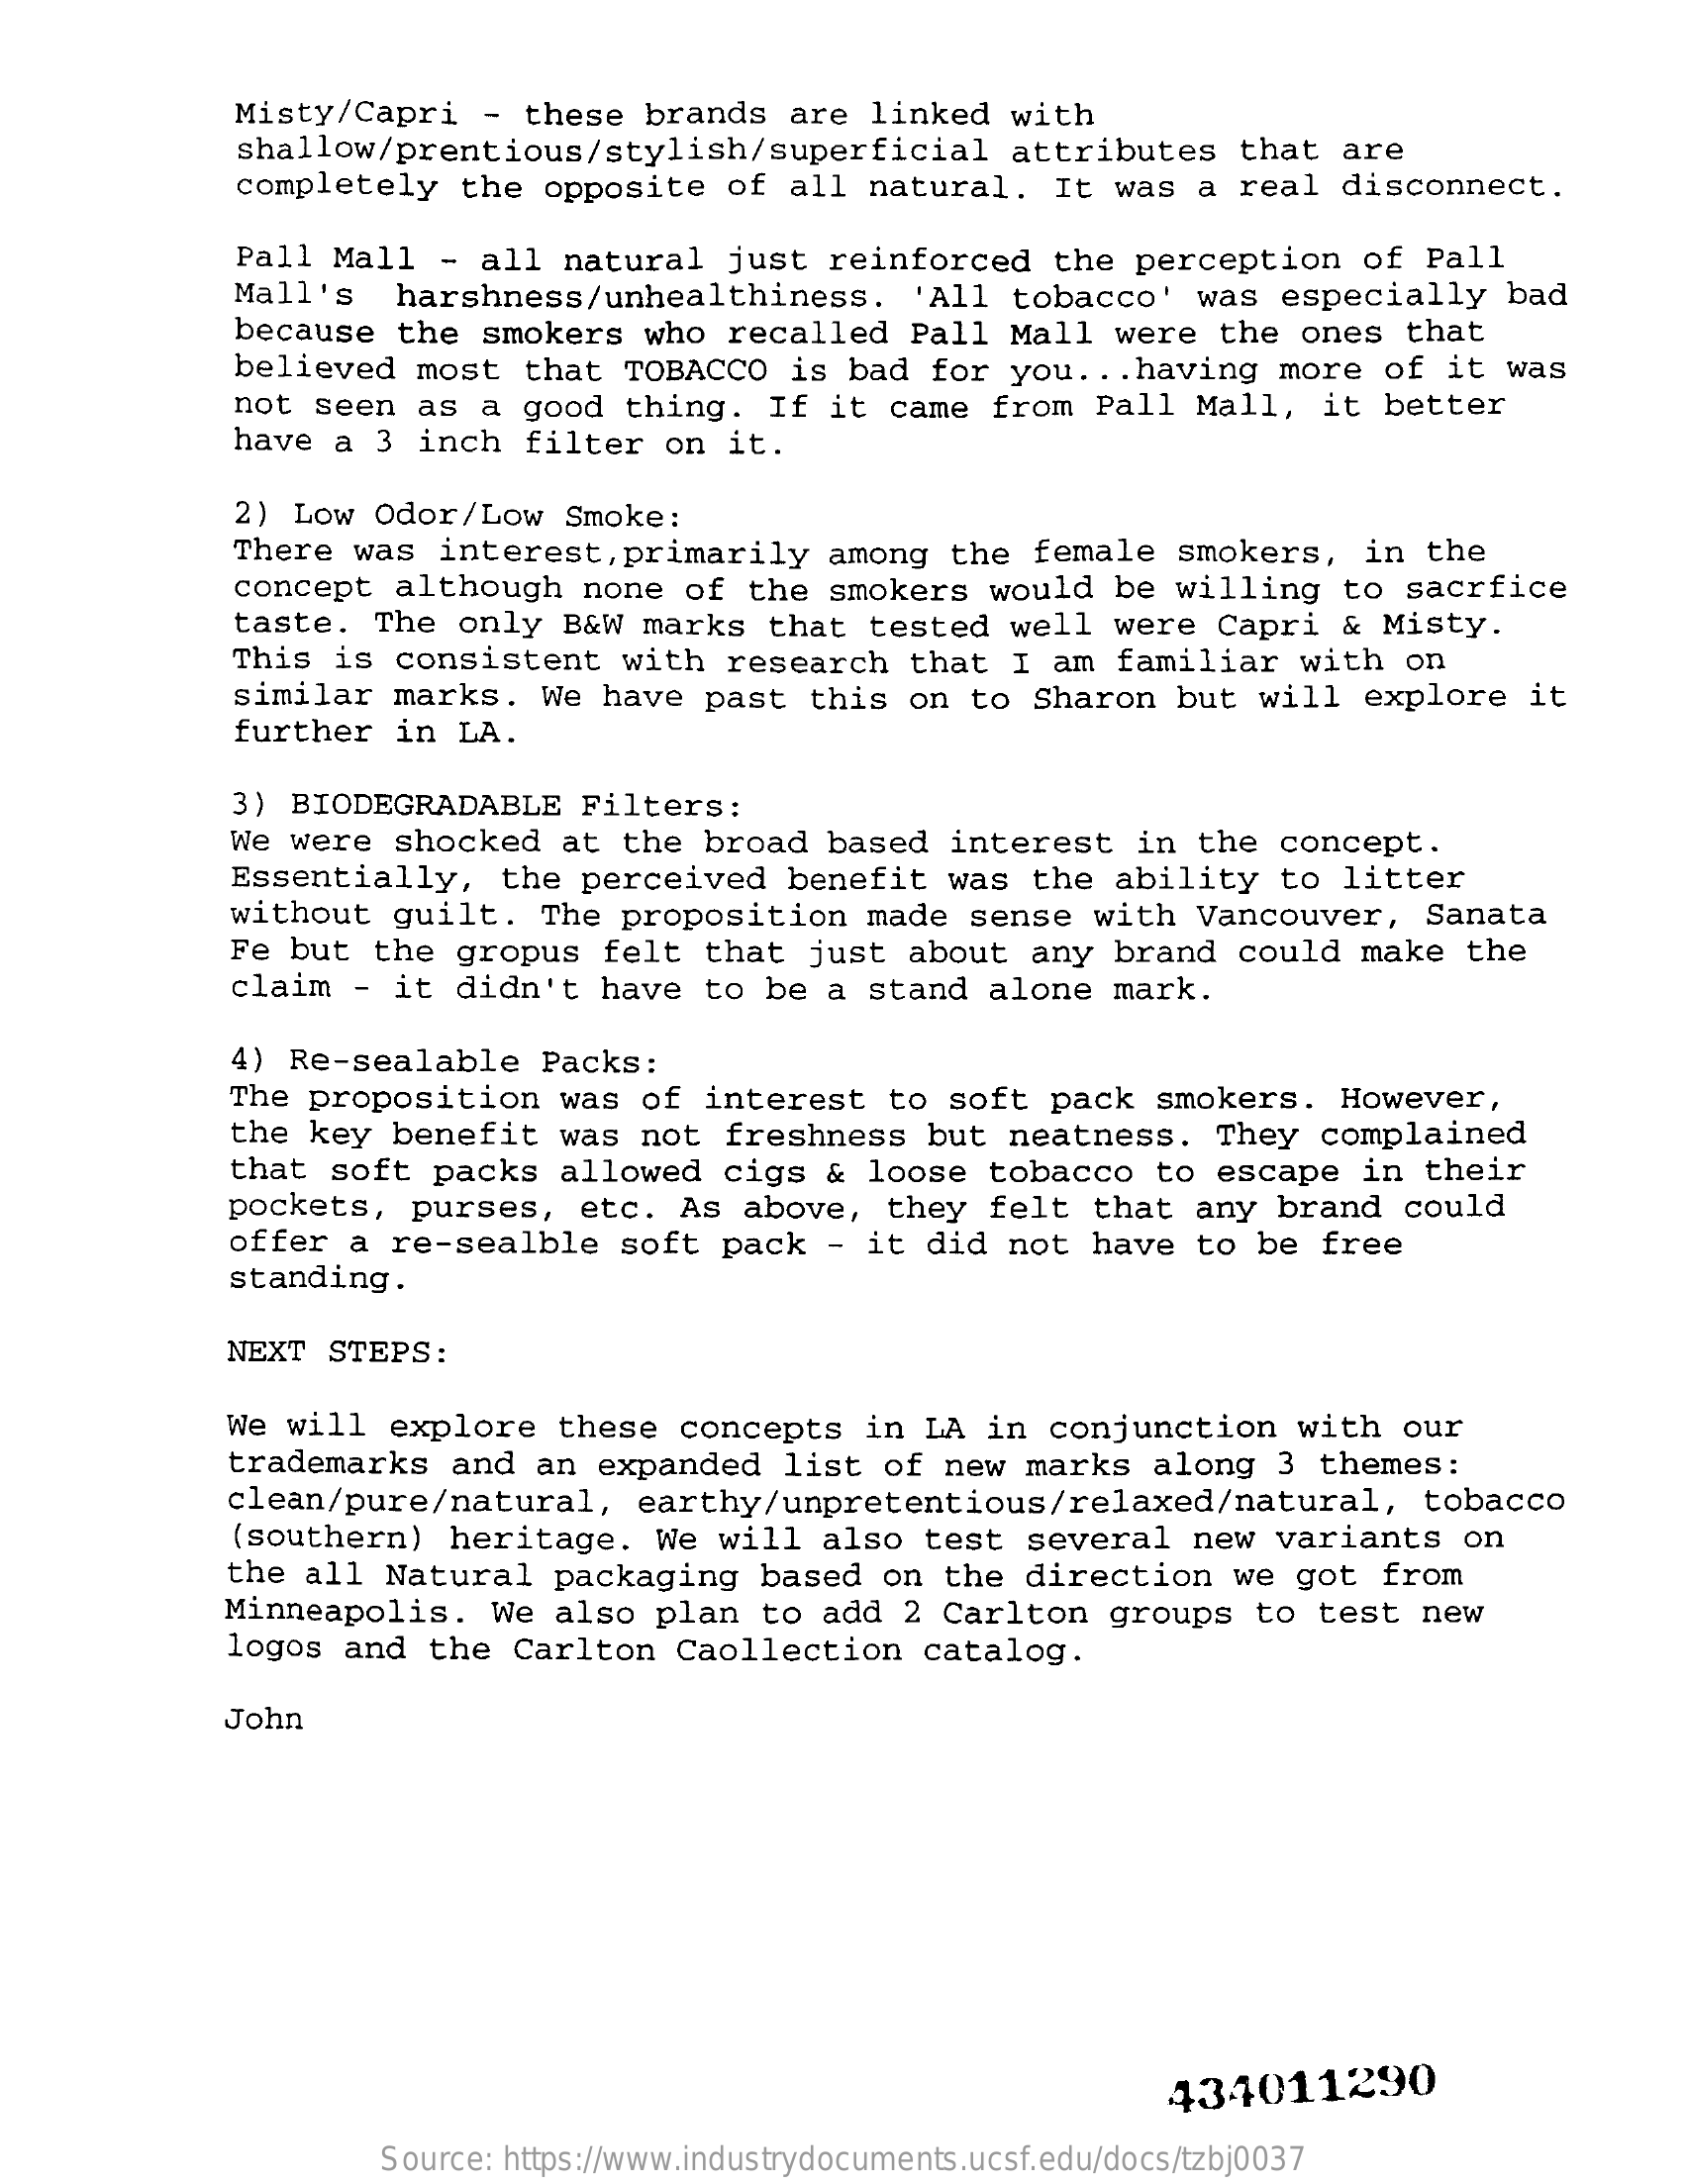
Misty/Capri - these brands are linked with
     shallow/prentious/stylish/superficial attributes that are
     completely the opposite of all natural. It was a real disconnect.
     Pall Mall - all natural just reinforced the perception of Pall
     Mall's  harshness/unhealthiness. 'All tobacco' was especially bad
     because the smokers who recalled Pall Mall were the ones that
     believed most that TOBACCO is bad for you ... having more of it was
     not seen as a good thing. If it came from Pall Mall, it better
     have a 3 inch filter on it.
     2 ) Low Odor/Low Smoke:
     There was interest, primarily among the female smokers, in the
     concept although none of the smokers would be willing to sacrfice
     taste. The only B&W marks that tested well were Capri & Misty.
     This is consistent with research that I am familiar with on
     similar marks. We have past this on to Sharon but will explore it
     further in LA.
     3) BIODEGRADABLE Filters:
     We were shocked at the broad based interest in the concept.
     Essentially, the perceived benefit was the ability to litter
     without guilt. The proposition made sense with Vancouver, Sanata
     Fe but the gropus felt that just about any brand could make the
     claim - it didn't have to be a stand alone mark.
     4) Re-sealable Packs:
     The proposition was of interest to soft pack smokers. However,
     the key benefit was not freshness but neatness. They complained
     that soft packs allowed cigs & loose tobacco to escape in their
     pockets, purses, etc. As above, they felt that any brand could
     offer a re-sealble soft pack - it did not have to be free
     standing.
     NEXT STEPS:
     We will explore these concepts in LA in conjunction with our
     trademarks and an expanded list of new marks along 3 themes:
     clean/pure/natural, earthy/unpretentious/relaxed/natural, tobacco
     (southern) heritage. We will also test several new variants on
     the all Natural packaging based on the direction we got from
     Minneapolis. We also plan to add 2 Carlton groups to test new
     logos and the Carlton Caollection catalog.
     John
     434011290
     Source: https://www.industrydocuments.ucsf.edu/docs/tzbj0037